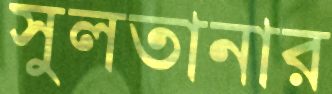
সুলতানার